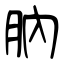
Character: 肭